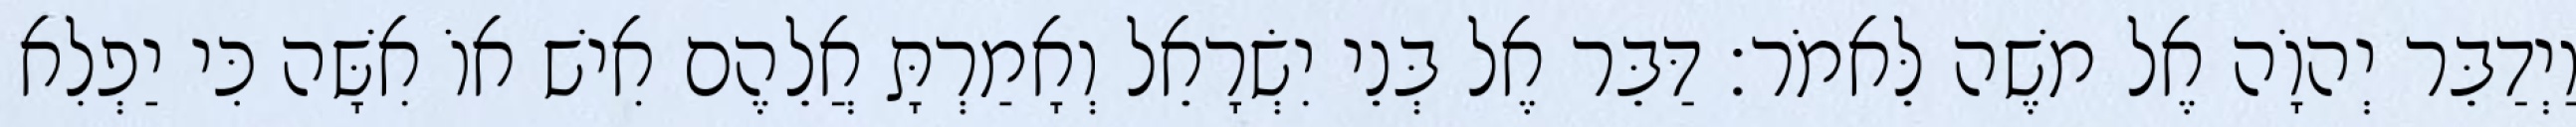
וַיְדַבֵּר יְהוָֹה אֶל משֶׁה לֵּאמֹר׃ דַּבֵּר אֶל בְּנֵי יִשְׂרָאֵל וְאָמַרְתָּ אֲלֵהֶם אִישׁ אוֹ אִשָּׁה כִּי יַפְלִא